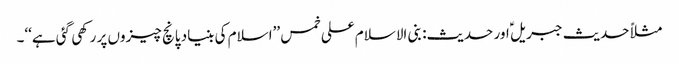
مثلاً حدیث جبریل ؑ اور حدیث: بنی الاسلام علی خمس ’’اسلام کی بنیاد پانچ چیزوں پر رکھی گئی ہے‘‘۔